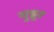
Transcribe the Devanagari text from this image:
गुन्नूर